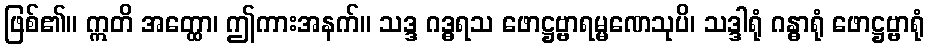
ဖြစ်၏။ ဣတိ အတ္ထော၊ ဤကားအနက်။ သဒ္ဒ ဂဒ္ဓရသ ဖောဋ္ဌဗ္ဗာရမ္မဏေသုပိ၊ သဒ္ဒါရုံ ဂန္ဓာရုံ ဖောဋ္ဌဗ္ဗာရုံ